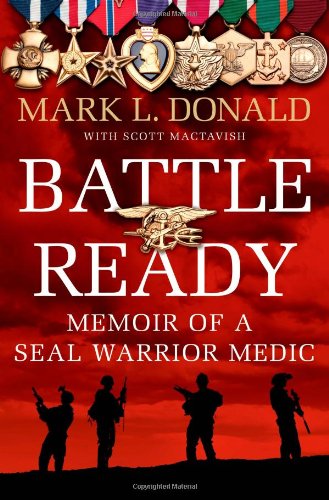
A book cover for Battle Ready: Memoir of a SEAL Warrior Medic; Mark L. Donald; History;